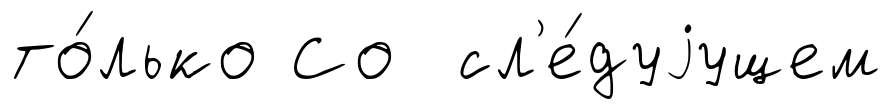
то́лько Со сл'е́дуjущем